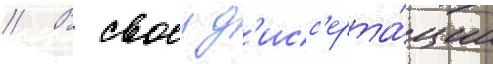
// В своеи д'исс'ерта́ции